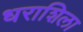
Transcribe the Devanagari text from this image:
धराशिला